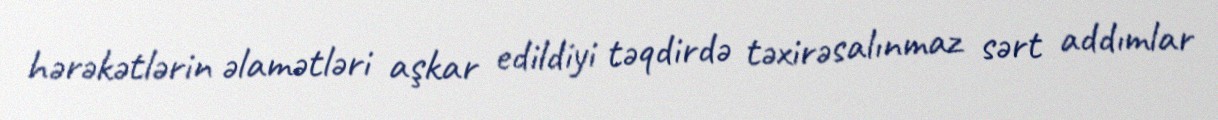
hərəkətlərin əlamətləri aşkar edildiyi təqdirdə təxirəsalınmaz sərt addımlar